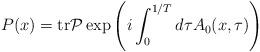
LaTeX: \begin{align*}P(x)={\rm tr}{\cal P}\exp\left(i\int_0^{1/T}d\tau A_0(x,\tau)\right)\end{align*}